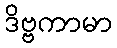
ဒိဗ္ဗကာမာ